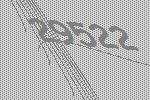
29522